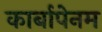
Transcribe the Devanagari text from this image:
कार्बापेनम